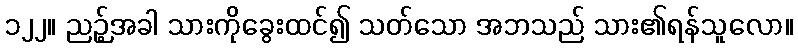
၁၂၂။ ညဉ့်အခါ သားကိုခွေးထင်၍ သတ်သော အဘသည် သား၏ရန်သူလော။